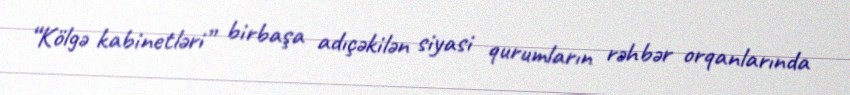
“Kölgə kabinetləri” birbaşa adıçəkilən siyasi qurumların rəhbər orqanlarında